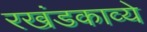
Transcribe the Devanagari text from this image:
रखंडकाव्ये